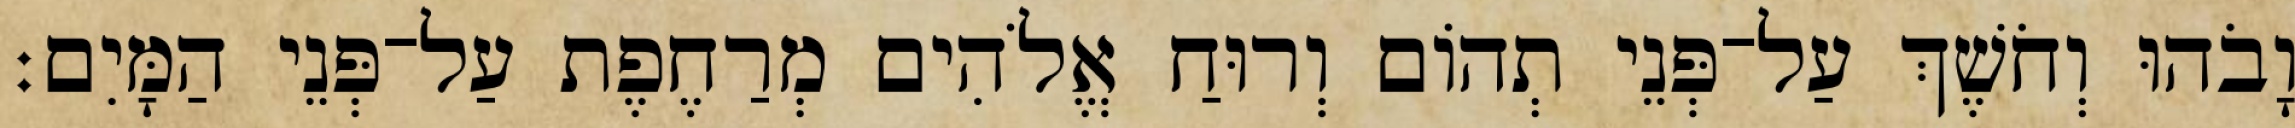
וָבֹהוּ וְחֹשֶׁךְ עַל־פְּנֵי תְהֹום וְרוּחַ אֱלֹהִים מְרַחֶפֶת עַל־פְּנֵי הַמָּיִם׃